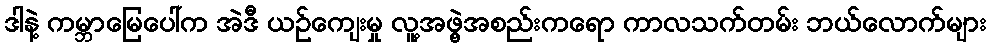
ဒါနဲ့ ကမ္ဘာမြေပေါ်က အဲဒီ ယဉ်ကျေးမှု လူ့အဖွဲ့အစည်းကရော ကာလသက်တမ်း ဘယ်လောက်များ